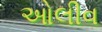
ઓલીવ